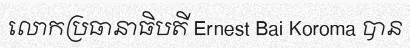
លោកប្រធានាធិបតី Ernest Bai Koroma បាន